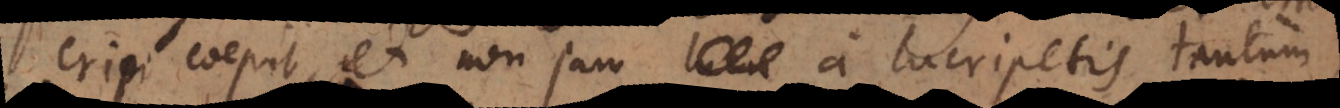
eripi coepit, et non jam a lucripetis tantum,